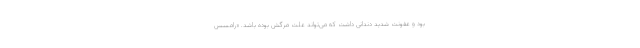
بود و عفونت شدید دندانی داشت که می‌تواند علت مرگش بوده باشد. «رامسس